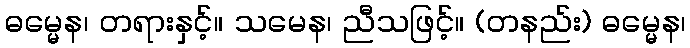
ဓမ္မေန၊ တရားနှင့်။ သမေန၊ ညီသဖြင့်။ (တနည်း) ဓမ္မေန၊